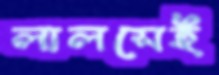
লালসেই